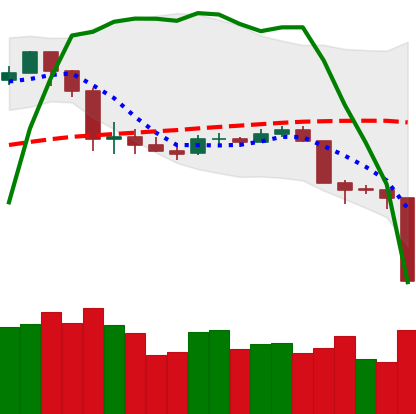
Ticker: LTC-USD
Chart end date: 2020-03-12
Forward return: 8.512%
Label: up_7plus